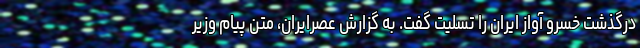
درگذشت خسرو آواز ایران را تسلیت گفت. به گزارش عصرایران، متن پیام وزیر